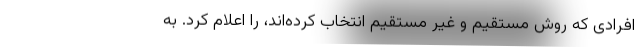
افرادی که روش مستقیم و غیر مستقیم انتخاب کرده‌اند، را اعلام کرد. به